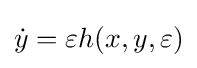
{\dot {y}}=\varepsilon h(x,y,\varepsilon )